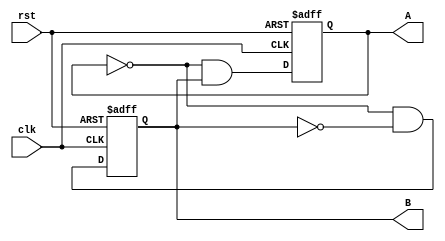
// Copyright (C) 2020  Intel Corporation. All rights reserved.
// Your use of Intel Corporation's design tools, logic functions 
// and other software and tools, and any partner logic 
// functions, and any output files from any of the foregoing 
// (including device programming or simulation files), and any 
// associated documentation or information are expressly subject 
// to the terms and conditions of the Intel Program License 
// Subscription Agreement, the Intel Quartus Prime License Agreement,
// the Intel FPGA IP License Agreement, or other applicable license
// agreement, including, without limitation, that your use is for
// the sole purpose of programming logic devices manufactured by
// Intel and sold by Intel or its authorized distributors.  Please
// refer to the applicable agreement for further details, at
// https://fpgasoftware.intel.com/eula.

// PROGRAM		"Quartus Prime"
// VERSION		"Version 20.1.1 Build 720 11/11/2020 SJ Lite Edition"
// CREATED		"Thu Dec 01 21:38:34 2022"

module count_3(
	rst,
	clk,
	A,
	B
);


input wire	rst;
input wire	clk;
output wire	A;
output wire	B;

wire	SYNTHESIZED_WIRE_0;
wire	SYNTHESIZED_WIRE_1;
reg	DFF_inst;
reg	SYNTHESIZED_WIRE_5;
wire	SYNTHESIZED_WIRE_6;
wire	SYNTHESIZED_WIRE_4;

assign	A = DFF_inst;
assign	B = SYNTHESIZED_WIRE_5;




always@(posedge clk or negedge rst)
begin
if (!rst)
	begin
	DFF_inst <= 0;
	end
else
	begin
	DFF_inst <= SYNTHESIZED_WIRE_0;
	end
end


always@(posedge clk or negedge rst)
begin
if (!rst)
	begin
	SYNTHESIZED_WIRE_5 <= 0;
	end
else
	begin
	SYNTHESIZED_WIRE_5 <= SYNTHESIZED_WIRE_1;
	end
end

assign	SYNTHESIZED_WIRE_6 =  ~DFF_inst;

assign	SYNTHESIZED_WIRE_4 =  ~SYNTHESIZED_WIRE_5;

assign	SYNTHESIZED_WIRE_0 = SYNTHESIZED_WIRE_6 & SYNTHESIZED_WIRE_5;

assign	SYNTHESIZED_WIRE_1 = SYNTHESIZED_WIRE_6 & SYNTHESIZED_WIRE_4;


endmodule